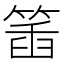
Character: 𥯥